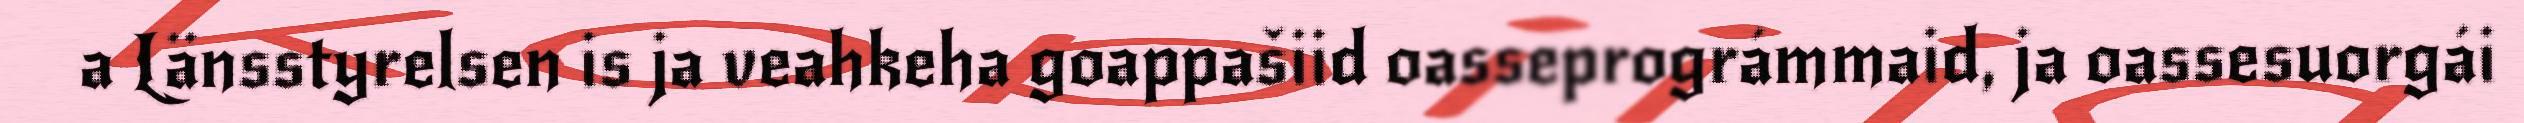
a Länsstyrelsen is ja veahkeha goappašiid oasseprográmmaid, ja oassesuorgái